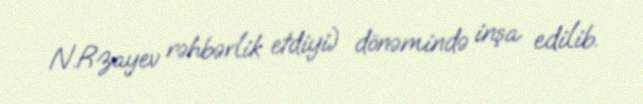
N.Rzayev rəhbərlik etdiyi) dönəmində inşa edilib.